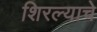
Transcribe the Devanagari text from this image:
शिरल्याचे